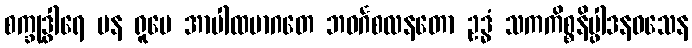
စက္ခုဒွါရေ ပန ရူပေ အာပါထမာဂတေ ဘဝင်္ဂစလနတော ဥဒ္ဓံ သကကိစ္စနိပ္ဖါဒနဝသေန